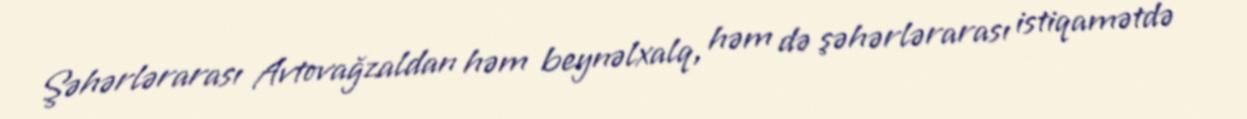
Şəhərlərarası Avtovağzaldan həm beynəlxalq, həm də şəhərlərarası istiqamətdə